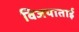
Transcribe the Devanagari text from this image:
विजयाताई